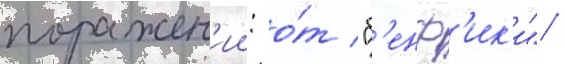
поражен'ии: о́т "б'енф'ик'и"